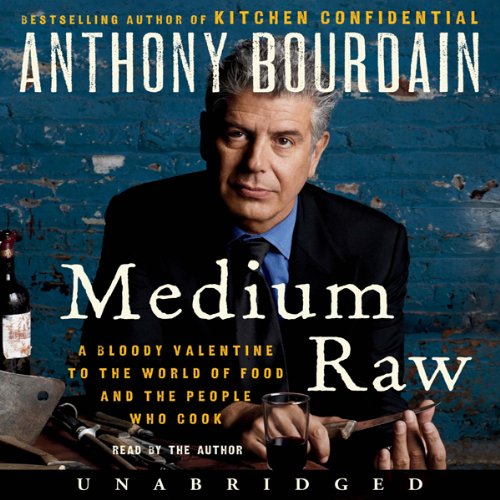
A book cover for Medium Raw: A Bloody Valentine to the World of Food and the People Who Cook; Anthony Bourdain; Cookbooks, Food & Wine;